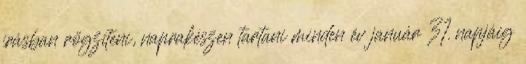
írásban rögzíteni, naprakészen tartani minden év január 31. napjáig